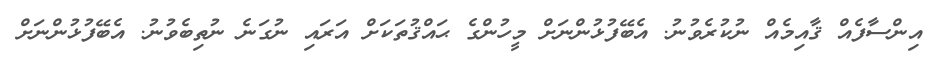
އިންސާފެއް ޤާއިމެއް ނުކުރެވުނު. އެބޭފުޅުންނަށް މީހުންގެ ޙައްޤުތަކަށް އަރައި ނުގަނެ ނުތިބެވުނު. އެބޭފުޅުންނަށް